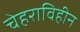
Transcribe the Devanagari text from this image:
चेहराविहीन